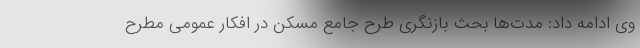
وی ادامه داد: مدت‌ها بحث بازنگری طرح جامع مسکن در افکار عمومی مطرح